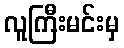
လူကြီးမင်းမှ